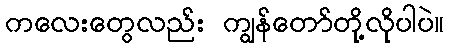
ကလေးတွေလည်း ကျွန်တော်တို့လိုပါပဲ။